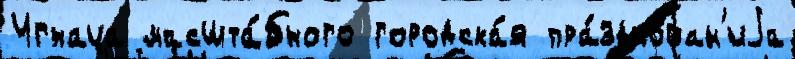
Игнаца масшта́бного городска́я пра́зднован'иjа